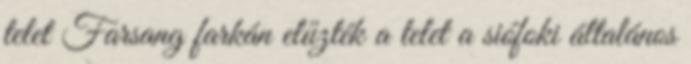
telet Farsang farkán elűzték a telet a siófoki általános